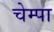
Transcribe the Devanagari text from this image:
चेम्पा